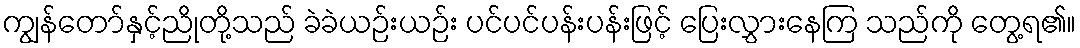
ကျွန်တော်နှင့်ညိုတို့သည် ခဲခဲယဉ်းယဉ်း ပင်ပင်ပန်းပန်းဖြင့် ပြေးလွှားနေကြ သည်ကို တွေ့ရ၏။